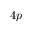
4 p